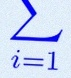
\sum_{i=1}